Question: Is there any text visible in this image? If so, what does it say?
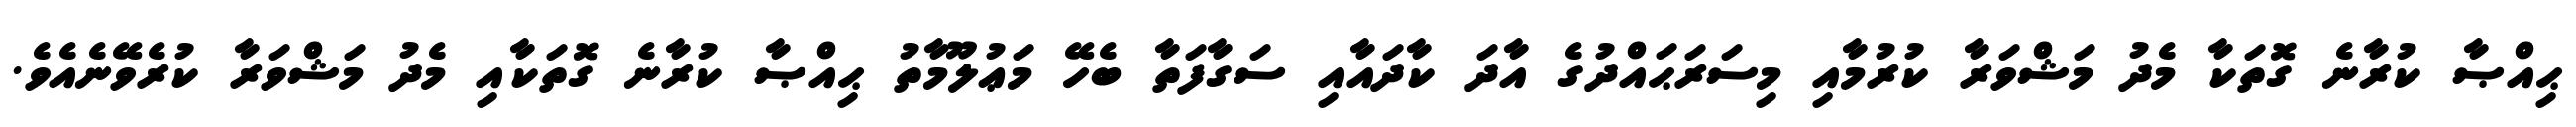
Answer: ޙިއްޞާ ކުރާނެ ގޮތަކާ މެދު މަޝްވަރާ ކުރުމާއި މިސަރަޙައްދުގެ އާދަ ކާދައާއި ސަގާފަތާ ބެހޭ މަޢުލޫމާތު ޙިއްޞާ ކުރާނެ ގޮތަކާއި މެދު މަޝްވަރާ ކުރެވޭނެއެވެ.